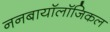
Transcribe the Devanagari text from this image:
ननबायाॅलाॅजिकल